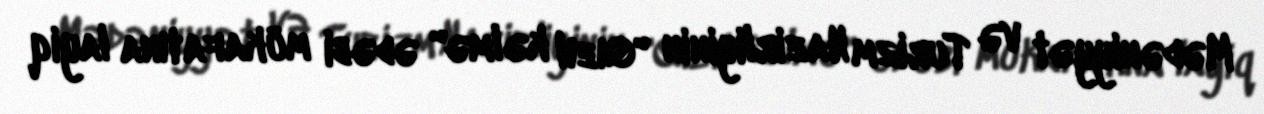
Mədəniyyət və Turizm Nazirliyinin "Qızıl kəlmə" ədəbi mükafatına layiq